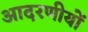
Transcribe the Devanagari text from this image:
आदरणीयों